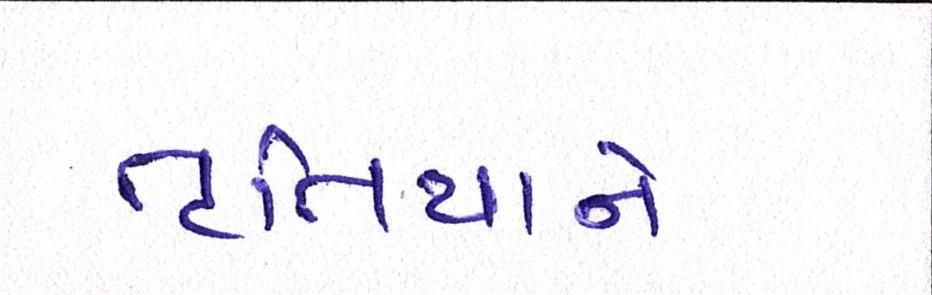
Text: તૃતિયાને